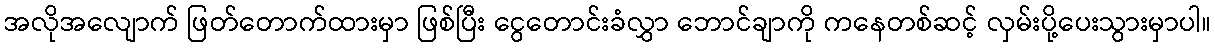
အလိုအလျောက် ဖြတ်တောက်ထားမှာ ဖြစ်ပြီး ငွေတောင်းခံလွှာ ဘောင်ချာကို ကနေတစ်ဆင့် လှမ်းပို့ပေးသွားမှာပါ။